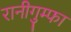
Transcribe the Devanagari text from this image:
रानीगुम्फा